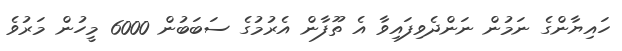
ހައިޔާންގެ ނަމުން ނަންދެވިފައިވާ އެ ތޫފާން އެރުމުގެ ސަބަބުން 6000 މީހުން މަރުވެ